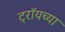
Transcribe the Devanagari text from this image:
ट्रॉयच्या